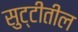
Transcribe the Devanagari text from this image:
सुट्टीतील